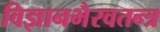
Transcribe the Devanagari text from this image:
विज्ञानभैरवतन्त्र